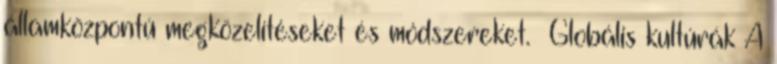
államközpontú megközelítéseket és módszereket. Globális kultúrák A